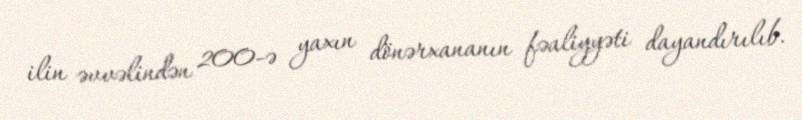
ilin əvvəlindən 200-ə yaxın dönərxananın fəaliyyəti dayandırılıb.